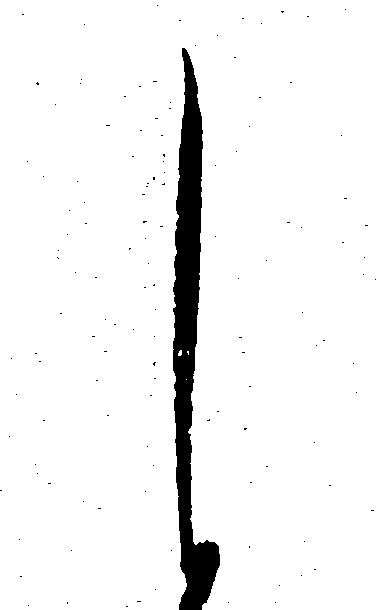
し